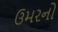
ઉમરનો